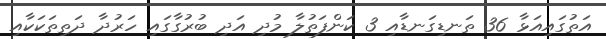
އަތުގައިއަޅާ 36 ތަނޑިގަނޑާއި 3 ކަންފަތުލާ މުދި އަދި ބުރުގާގައި ހަރުދާ ދަތިތަކަކާއި